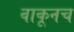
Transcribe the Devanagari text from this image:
वाकूनच